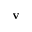
\mathbf { v }